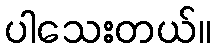
ပါသေးတယ်။